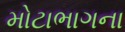
મોટાભાગના